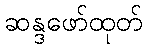
ဆန္ဒဖော်ထုတ်